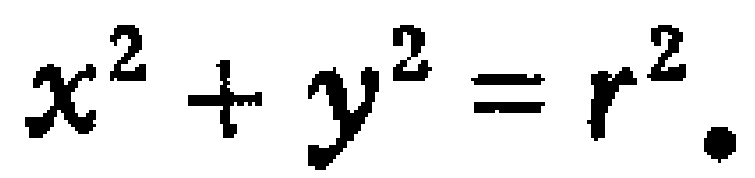
\(x^{2}+y^{2}=r^{2}.\)